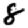
Digit: 8